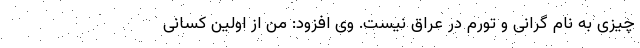
چیزی به نام گرانی و تورم در عراق نیست. وی افزود: من از اولین کسانی